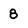
Character: 8